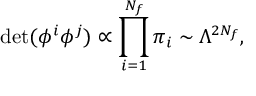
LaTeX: \operatorname * { d e t } ( \phi ^ { i } \phi ^ { j } ) \propto \prod _ { i = 1 } ^ { N _ { f } } \pi _ { i } \sim \Lambda ^ { 2 N _ { f } } ,